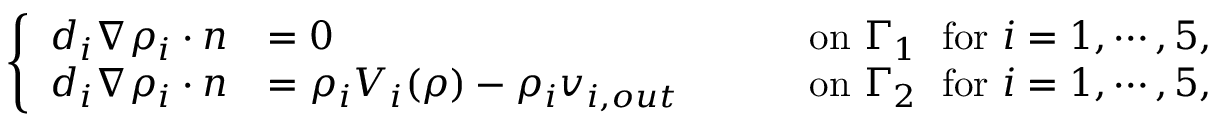
\left\{ \begin{array} { r l r l } { d _ { i } \nabla \rho _ { i } \cdot n } & { = 0 } & { \quad } & { \mathrm { ~ o n ~ } \Gamma _ { 1 } \; \mathrm { ~ f o r ~ } i = 1 , \cdots , 5 , } \\ { d _ { i } \nabla \rho _ { i } \cdot n } & { = \rho _ { i } V _ { i } ( \rho ) - \rho _ { i } v _ { i , o u t } } & { \quad } & { \mathrm { ~ o n ~ } \Gamma _ { 2 } \; \mathrm { ~ f o r ~ } i = 1 , \cdots , 5 , } \end{array} \right.